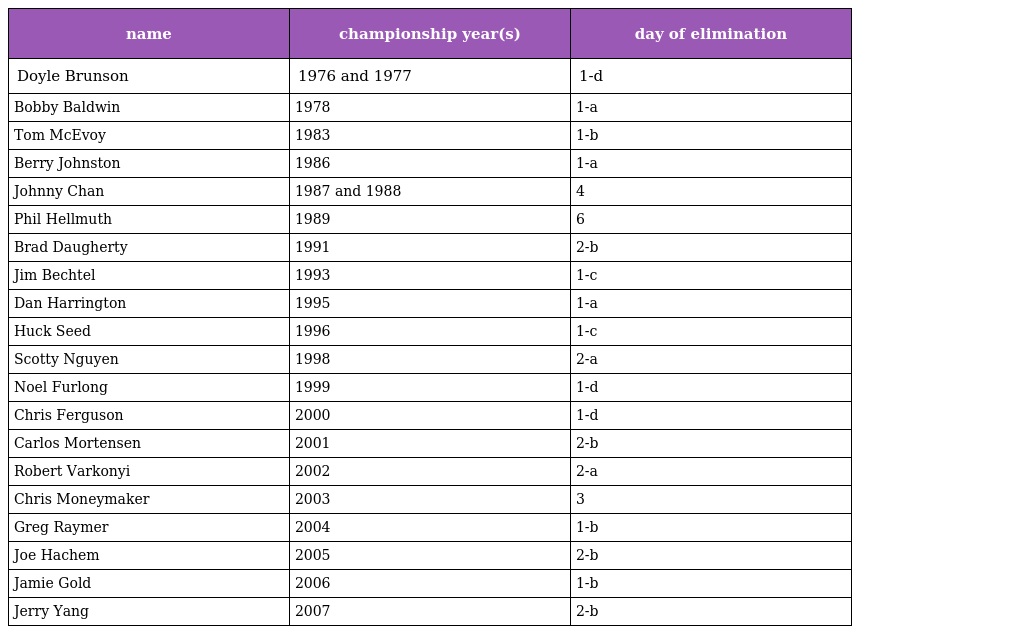
| name | championship year(s) | day of elimination |
 | --- | --- | --- |
 | Doyle Brunson | 1976 and 1977 | 1-d |
 | Bobby Baldwin | 1978 | 1-a |
 | Tom McEvoy | 1983 | 1-b |
 | Berry Johnston | 1986 | 1-a |
 | Johnny Chan | 1987 and 1988 | 4 |
 | Phil Hellmuth | 1989 | 6 |
 | Brad Daugherty | 1991 | 2-b |
 | Jim Bechtel | 1993 | 1-c |
 | Dan Harrington | 1995 | 1-a |
 | Huck Seed | 1996 | 1-c |
 | Scotty Nguyen | 1998 | 2-a |
 | Noel Furlong | 1999 | 1-d |
 | Chris Ferguson | 2000 | 1-d |
 | Carlos Mortensen | 2001 | 2-b |
 | Robert Varkonyi | 2002 | 2-a |
 | Chris Moneymaker | 2003 | 3 |
 | Greg Raymer | 2004 | 1-b |
 | Joe Hachem | 2005 | 2-b |
 | Jamie Gold | 2006 | 1-b |
 | Jerry Yang | 2007 | 2-b |